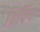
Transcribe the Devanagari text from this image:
ग्रिपिंग